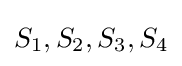
S_{1},S_{2},S_{3},S_{4}